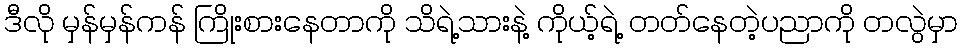
ဒီလို မှန်မှန်ကန် ကြိုးစားနေတာကို သိရဲ့သားနဲ့ ကိုယ့်ရဲ့ တတ်နေတဲ့ပညာကို တလွဲမှာ